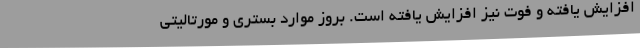
افزایش یافته و فوت نیز افزایش یافته است. بروز موارد بستری و مورتالیتی